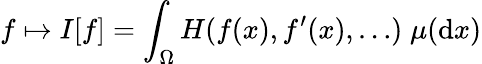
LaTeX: f\mapsto I[f]=\int_{\Omega}H(f(x),f^{\prime}(x),\ldots)\; \mu({\mathrm{d}}x)